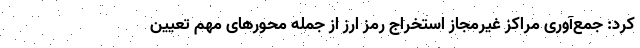
کرد: جمع‌آوری مراکز غیرمجاز استخراج رمز ارز از جمله محورهای مهم تعیین